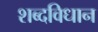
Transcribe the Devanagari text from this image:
शब्दविधान